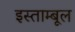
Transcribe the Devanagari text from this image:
इस्ताम्बूल